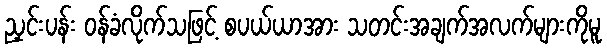
ညှင်းပန်း ဝန်ခံလိုက်သဖြင့် စပယ်ယာအား သတင်းအချက်အလက်များကိုမူ